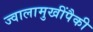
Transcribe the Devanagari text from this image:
ज्वालामुखींपैकी